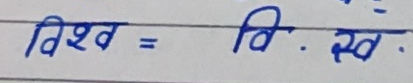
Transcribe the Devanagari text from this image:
विश्व = वि. स्व.